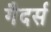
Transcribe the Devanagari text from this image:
गैदर्स